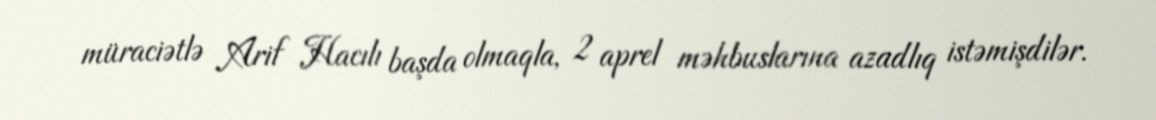
müraciətlə Arif Hacılı başda olmaqla, 2 aprel məhbuslarına azadlıq istəmişdilər.